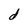
Character: d